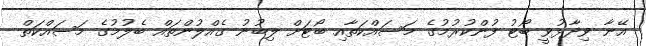
އޭނާ ވިދާޅުވީ ބޯޓު ފުންކުރުމުގެ މަސައްކަތާއި ބޯޓަށް ލިބުނު ގެއްލުންތައް ބެލުމުގެ މަސައްކަތް